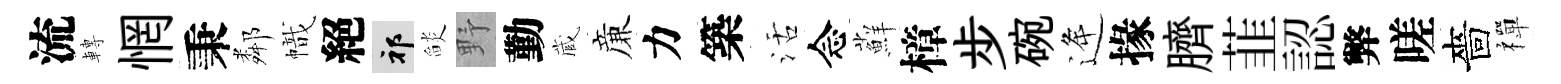
流轉惘秉鄰幟絕祁𦦨野勤蔵亷力築活念蘚樟步碗逄掾臍韮認弊嗟嗇禪